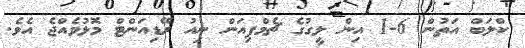
ކްލަބް އަތުން 6-1 އިން ލީގުގެ ޗެމްޕިއަން ނިއު ރޭޑިއަންޓް މޮޅުވެއްޖެ އެވެ.